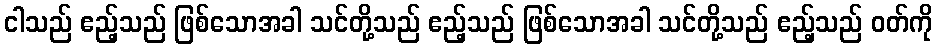
ငါသည် ဧည့်သည် ဖြစ်သောအခါ သင်တို့သည် ဧည့်သည် ဖြစ်သောအခါ သင်တို့သည် ဧည့်သည် ဝတ်ကို